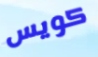
كويس